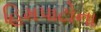
હિમપાટોના